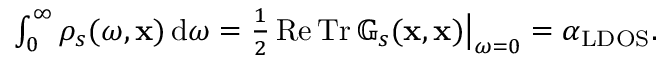
\begin{array} { r } { \int _ { 0 } ^ { \infty } \rho _ { s } ( \omega , \mathbf { x } ) \, \mathrm { d } \omega = \frac { 1 } { 2 } \operatorname { R e } \operatorname { T r } \mathbb { G } _ { s } ( \mathbf { x } , \mathbf { x } ) \big \vert _ { \omega = 0 } = \alpha _ { \mathrm { L D O S } } . } \end{array}